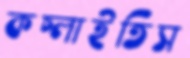
কচ্‌লাইতিস